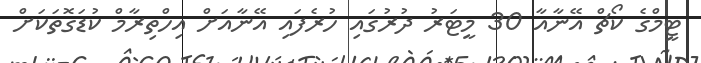
ޓީމްގެ ކޯޗް އޭނާއާ 30 މީޓަރު ދުރުގައި ހުރެފައި އޭނާއަށް އިހްތިރާމް ކުޑަގޮތަކަށް